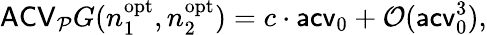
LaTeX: \mathsf{ACV}_{\mathcal P}G(n_{1}^{\mathrm{opt}},n_{2}^{\mathrm{opt}})=c\cdot\mathsf{acv}_{0}+\mathcal O(\mathsf{acv}_{0}^{3}),